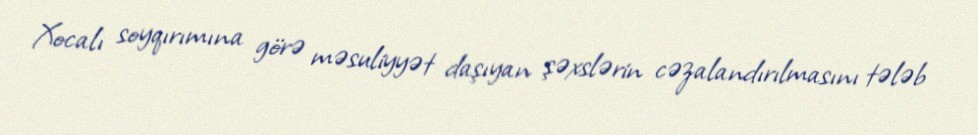
Xocalı soyqırımına görə məsuliyyət daşıyan şəxslərin cəzalandırılmasını tələb